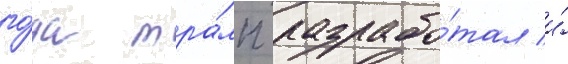
го́да тра́мп разрабо́тал и́